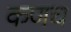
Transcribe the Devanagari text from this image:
कणच